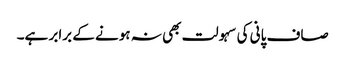
صاف پانی کی سہولت بھی نہ ہونے کے برابر ہے۔